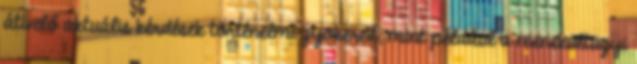
átívelő aktuális kérdések történelmi gyökereit, mint például a menekültügyi